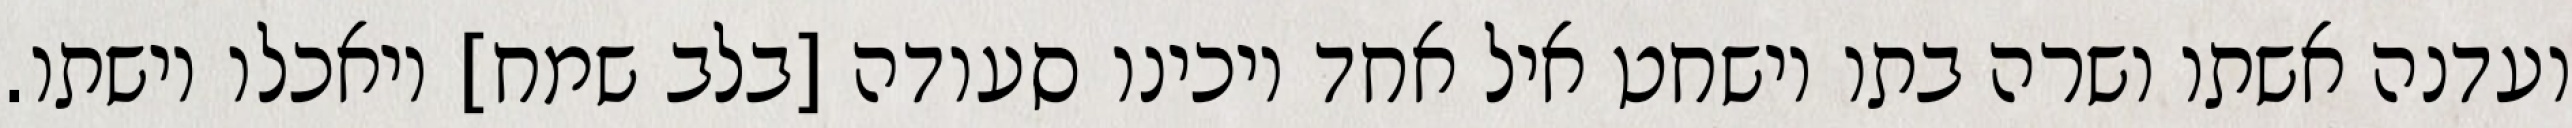
ועדנה אשתו ושרה בתו וישחט איל אחד ויכינו סעודה [בלב שמח] ויאכלו וישתו.